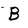
Character: B